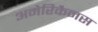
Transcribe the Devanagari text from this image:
अमेरिकैनस